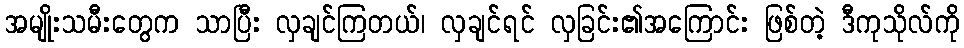
အမျိုးသမီးတွေက သာပြီး လှချင်ကြတယ်၊ လှချင်ရင် လှခြင်း၏အကြောင်း ဖြစ်တဲ့ ဒီကုသိုလ်ကို